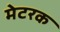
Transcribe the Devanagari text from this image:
मेटरक